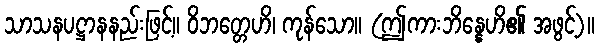
သာသနပဋ္ဌာနနည်းဖြင့်။ ဝိဘတ္တေဟိ၊ ကုန်သော။ (ဤကားဘိန္နေဟိ၏ အဖွင့်)။